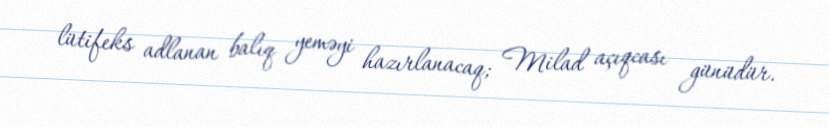
lütifeks adlanan balıq yeməyi hazırlanacaq; Milad açıqcası günüdür.